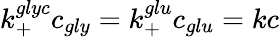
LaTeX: k_{+}^{glyc}c_{gly}=k_{+}^{glu}c_{glu}=kc